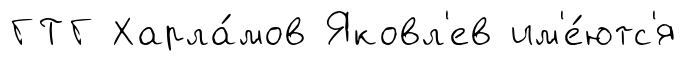
ГТГ Харла́мов Яковл'ев им'е́ютс'я